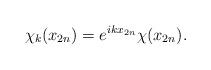
LaTeX: \begin{align*} \chi_k(x_{2n})=e^{ikx_{2n}}\chi(x_{2n}).\end{align*}